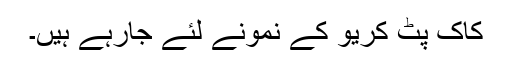
کاک پٹ کریو کے نمونے لئے جارہے ہیں۔